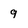
Character: 9